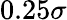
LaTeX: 0.25\sigma